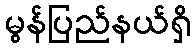
မွန်ပြည်နယ်ရှိ